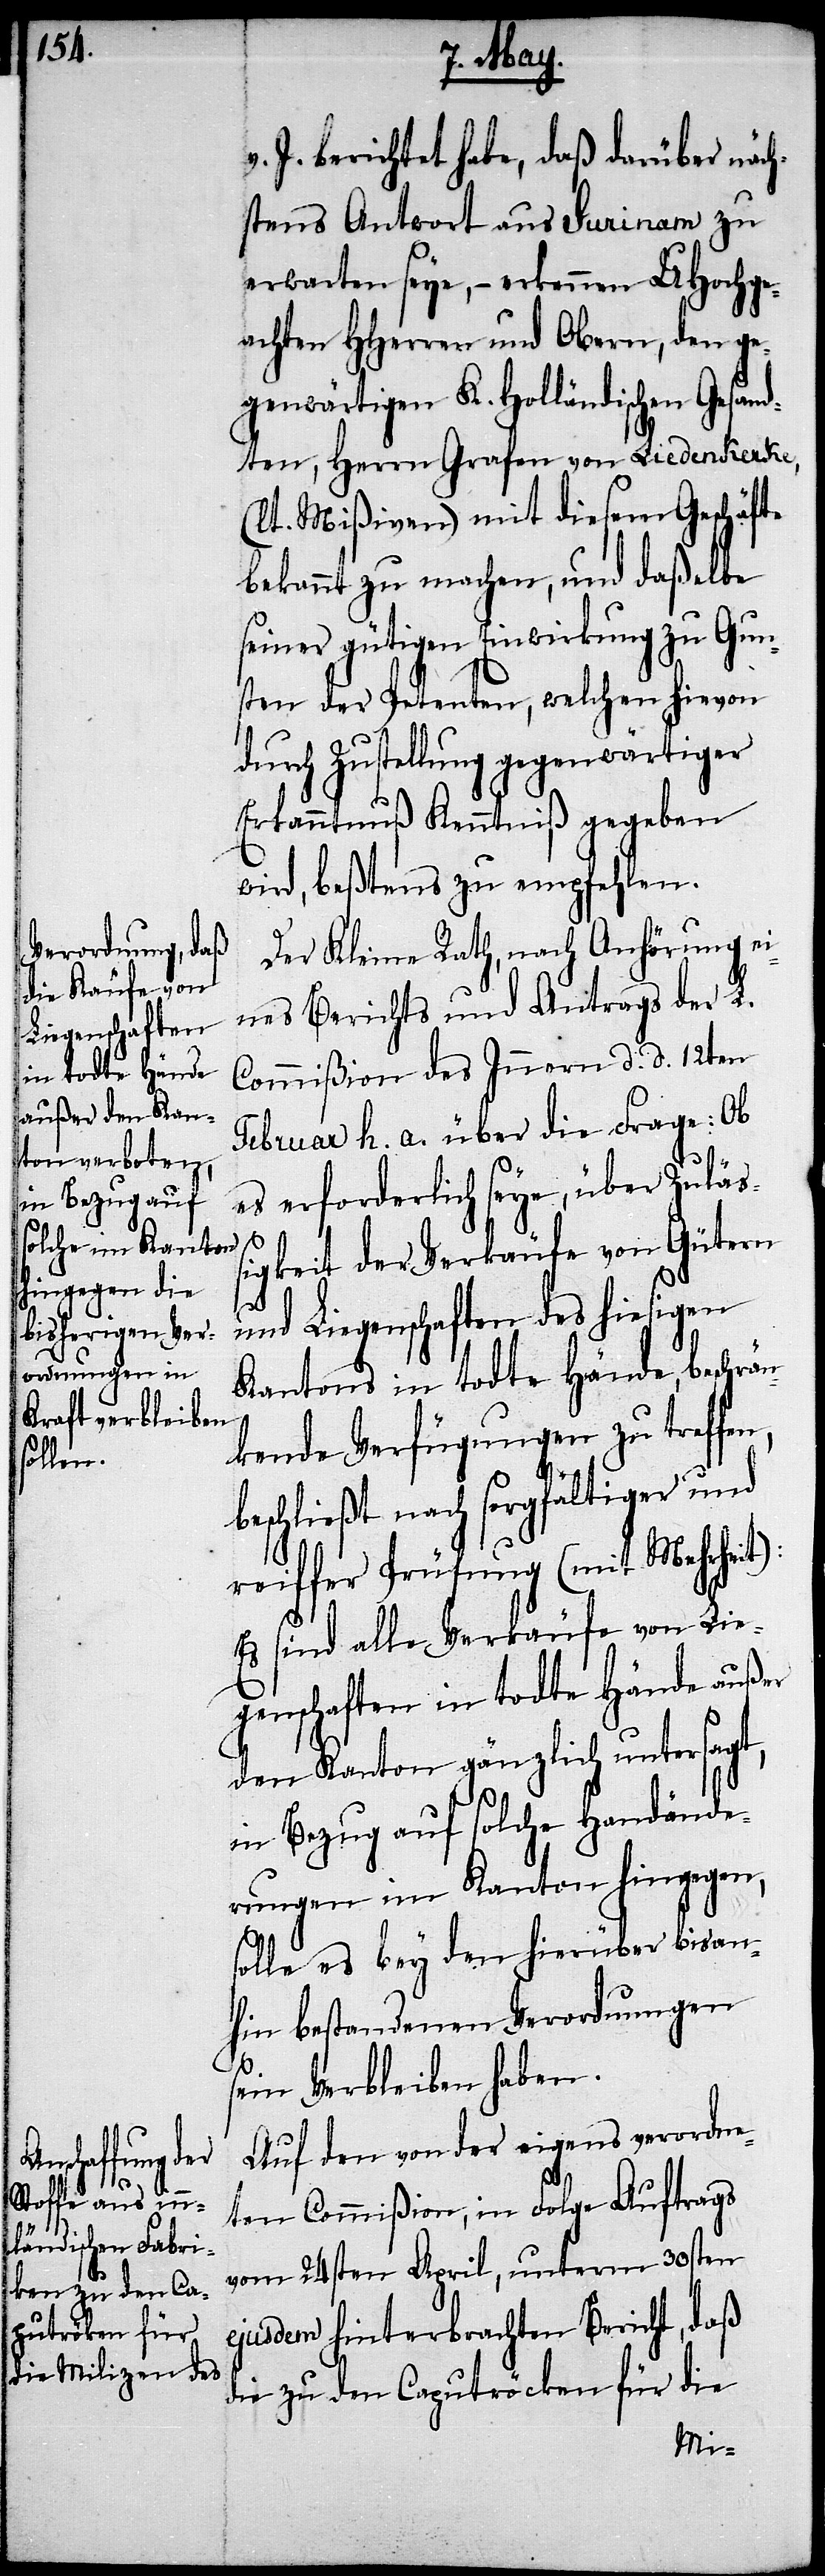
v. J. berichtet habe, daß darüber näch¬
stens Antwort aus Surinam zu
erwarten seye, – erkennen UHochge¬
achten HHerren und Obern, den ge¬
genwärtigen K. Holländischen Gesand¬
ten, Herrn Grafen von Liedenkerke,
(lt. Mißiven) mit diesem Geschäfte
bekannt zu machen, und daßelbe
seiner gütigen Einwirkung zu Gun¬
sten der Petenten, welchen hievon
durch Zustellung gegenwärtiger
Erkanntnuß Kenntniß gegeben
wird, beßtens zu empfehlen.
Der Kleine Rath, nach Anhörung ei¬
nes Berichts und Antrags der L.
Commißion des Innern d. d. 12ten
Februar h. a. über die Frage: Ob
es erforderlich seye, über Zuläß¬
igkeit der Verkäufe von Gütern
n,
und Liegenschaften des hiesigen
Kantons in todte Hände, beschrän¬
kende Verfügungen zu treffe¬
beschließt nach sorgfältiger und
reiffer Prüfung (mit Mehrheit):
Es sind alle Verkäufe von Lie¬
genschaften in todte Hände auß¬
er Kanton gänzlich untersagt,
in Bezug auf solche Handände¬
rungen im Kanton hingegen,
solle es bey den hierüber bisan¬
hin bestandenen Verordnungen
sein Verbleiben haben.
Auf den von der eigens verordne¬
ten Commißion, in Folge Auftrags
vom 24ten April, unterm 30sten
ejusdem hinterbrachten Bericht, daß
die zu den Caputröcken für die